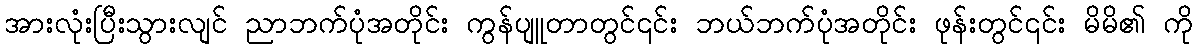
အားလုံးပြီးသွားလျင် ညာဘက်ပုံအတိုင်း ကွန်ပျူတာတွင်၎င်း ဘယ်ဘက်ပုံအတိုင်း ဖုန်းတွင်၎င်း မိမိ၏ ကို